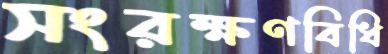
সংরক্ষণবিধি